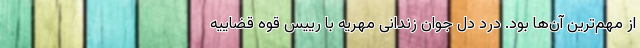
از مهم‌ترین آن‌ها بود. درد دل جوان زندانی مهریه با رییس قوه قضاییه